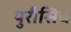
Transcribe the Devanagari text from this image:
युरीसिच